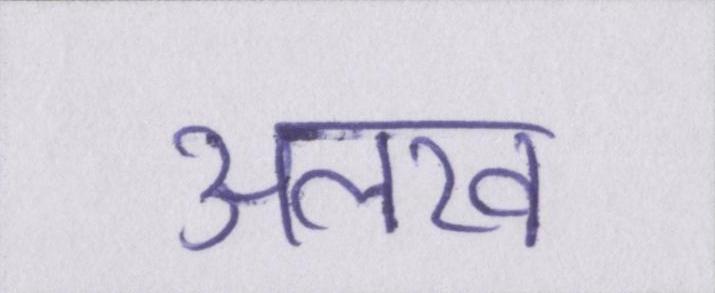
अलख